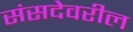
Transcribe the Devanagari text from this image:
संसदेवरील